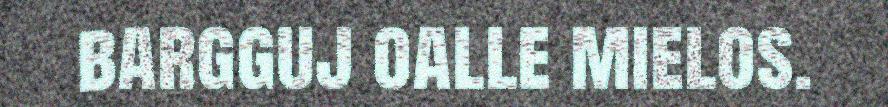
bargguj oalle mielos.